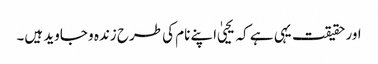
اور حقیقت یہی ہے کہ یحییٰ اپنے نام کی طرح زندہ و جاوید ہیں۔